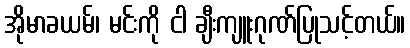
အိုမာခယမ်၊ မင်းကို ငါ ချီးကျူးဂုဏ်ပြုသင့်တယ်။